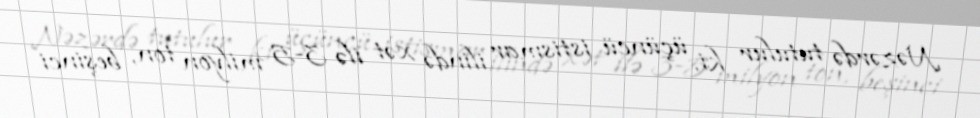
Nəzərdə tutulur ki, üçüncü istismar ilində xət ilə 3-5 milyon ton, beşinci